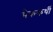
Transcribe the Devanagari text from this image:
मैककर्थी